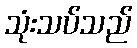
သုံးသပ်သည်